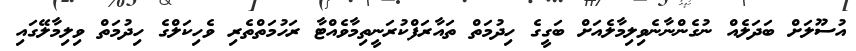
އުސޫލަށް ބަދަލެއް ނުގެންނާނެވިލިމާލެއަށް ބަގީގެ ހިދުމަތް ތައާރަފްކުރަނީތިމާވެއްޓާ ރަހުމަތްތެރި ވެހިކަލްގެ ހިދުމަތް ވިލިމާލޭގައި